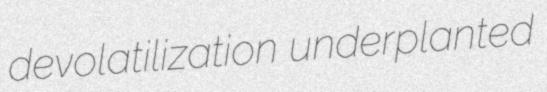
devolatilization underplanted